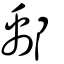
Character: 鄅